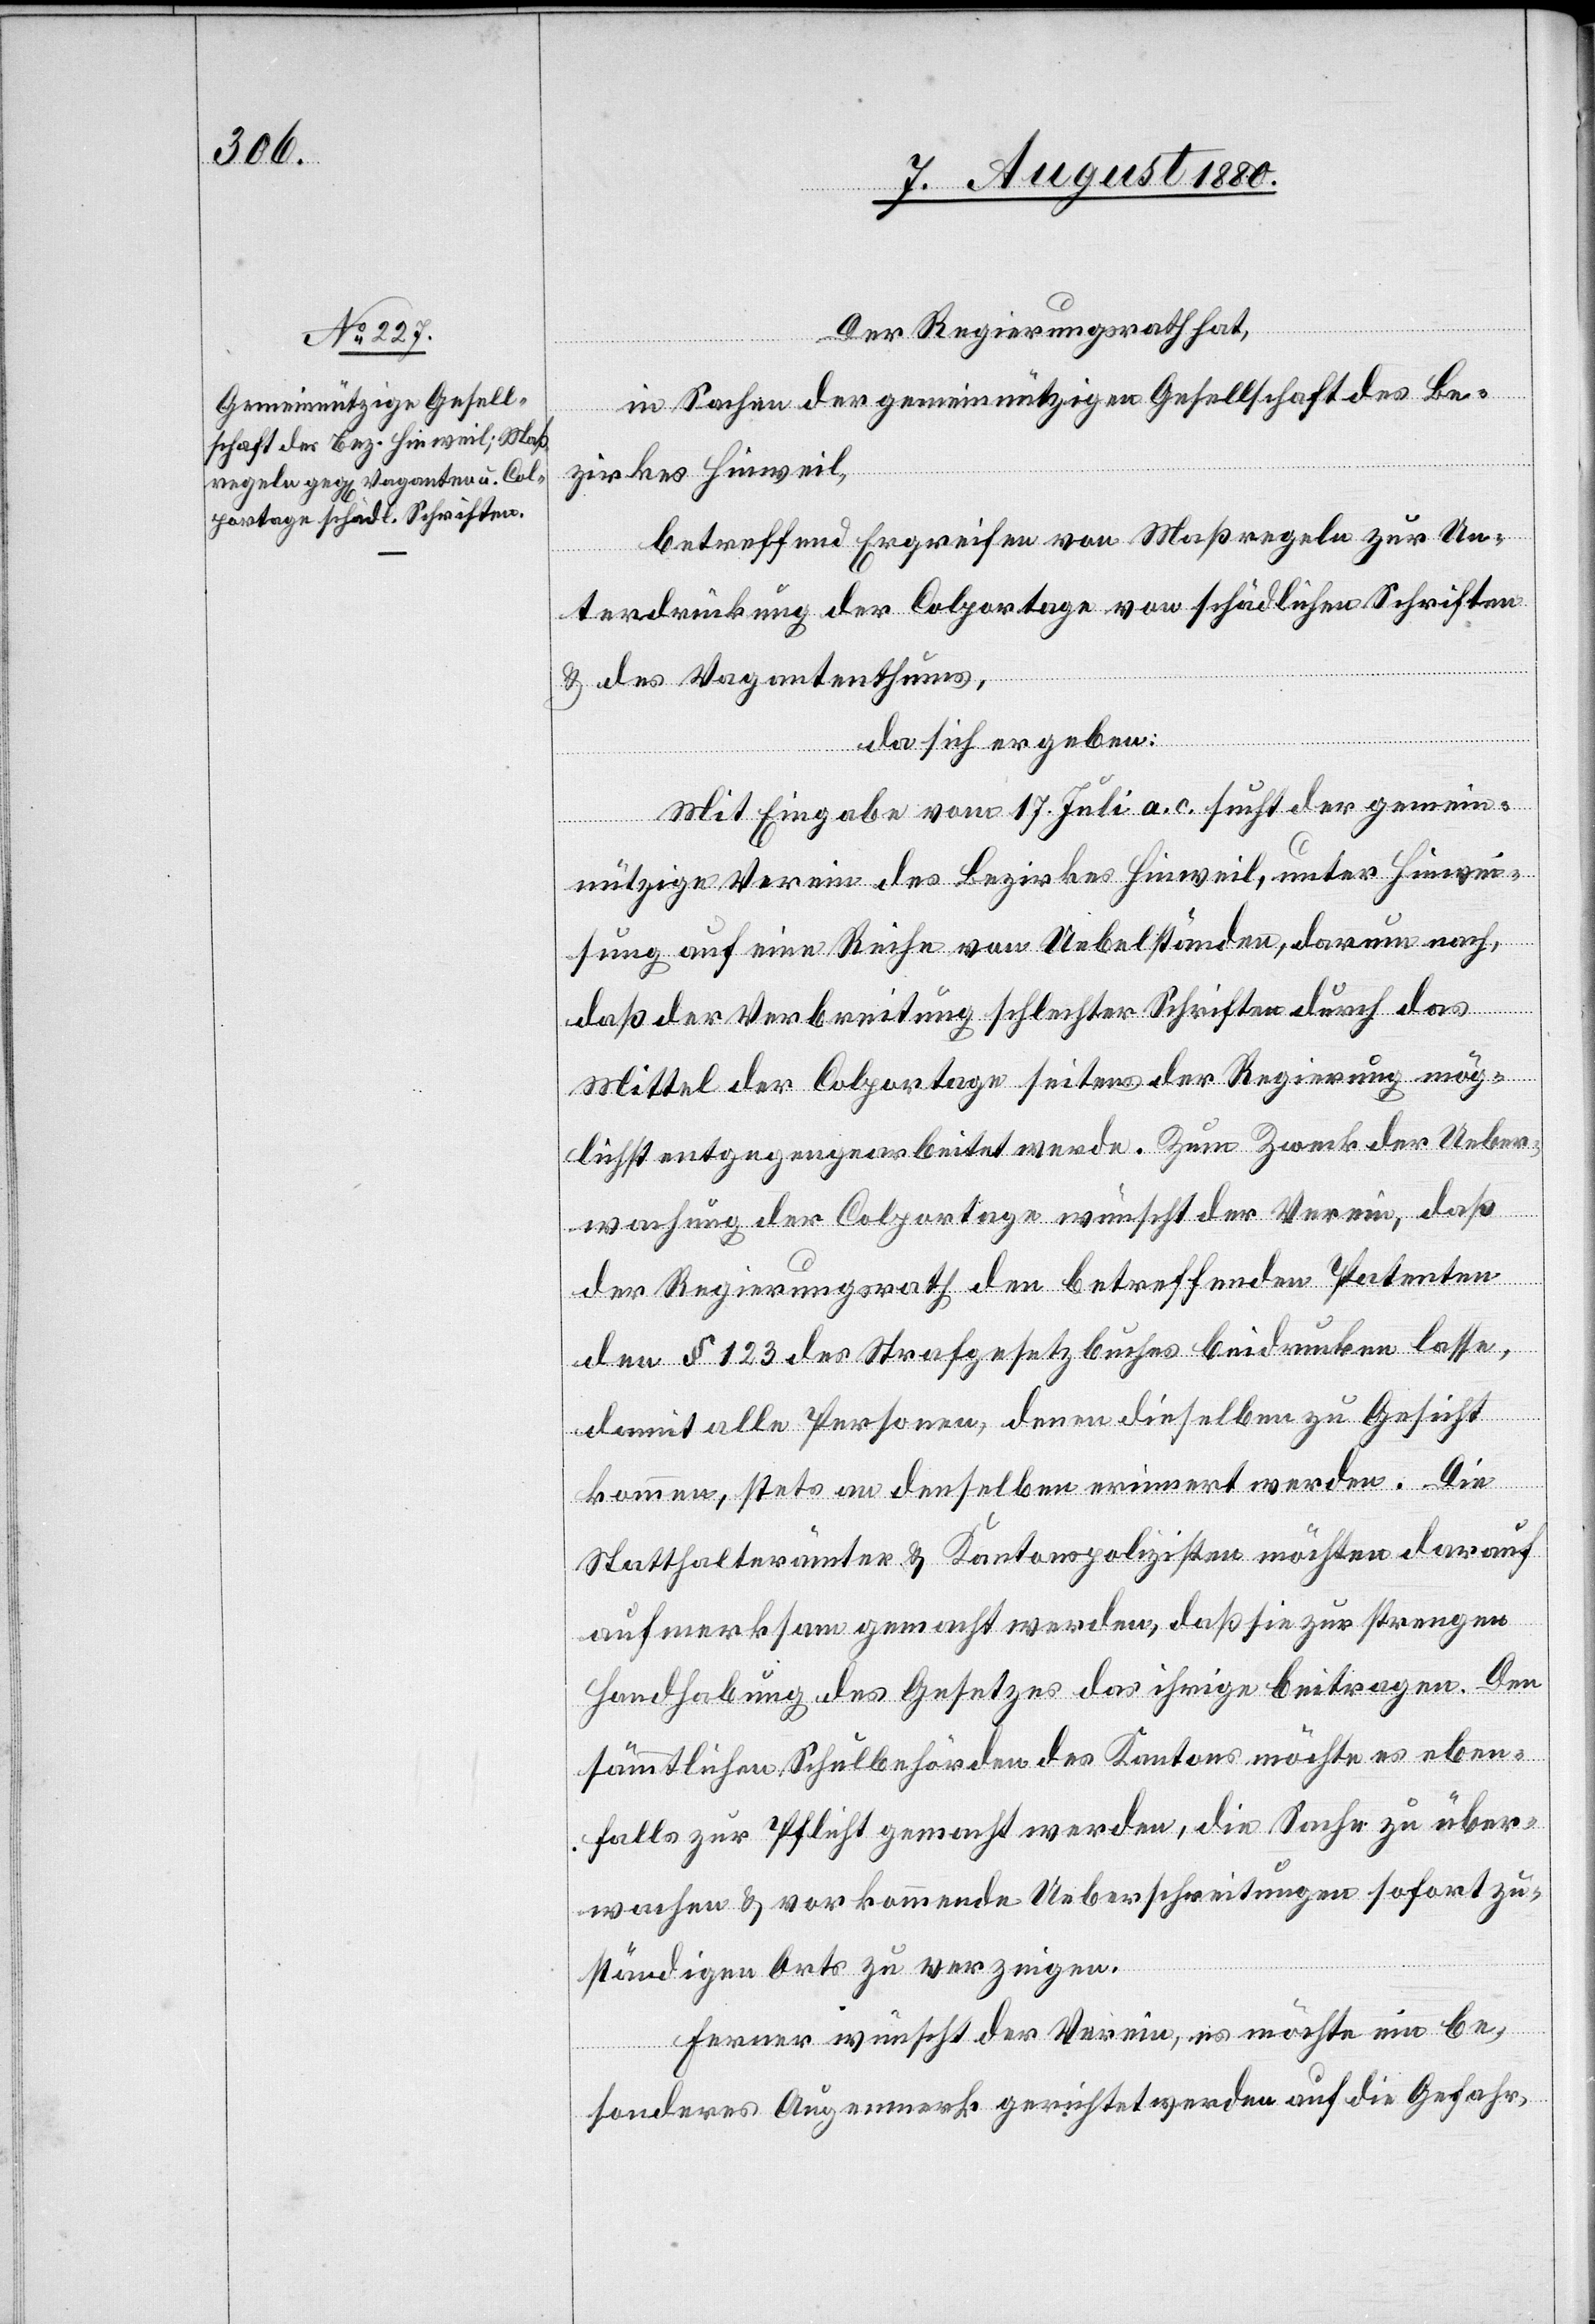
Der Regierungsrath hat,
in Sachen der gemeinnützigen Gesellschaft des Be¬
zirkes Hinweil,
betreffend Ergreifen von Maßregeln zur Un¬
terdrückung der Colportage von schädlichen Schriften
& des Vagantenthums,
da sich ergeben:
Mit Eingabe vom 17. Juli a. c. sucht der gemein¬
nützige Verein des Bezirkes Hinweil, unter Hinwei¬
sung auf eine Reihe von Uebelständen, darum nach,
daß der Verbreitung schlechter Schriften durch das
Mittel der Colportage seitens der Regierung mög¬
lichst entgegengearbeitet werde. Zum Zweck der Ueber¬
wachung der Colportage wünscht der Verein, daß
der Regierungsrath den betreffenden Patenten
den § 123 des Strafgesetzbuches beidrucken lasse,
damit alle Personen, denen dieselben zu Gesicht
kommen, stets an denselben erinnert werden. Die
Statthalterämter & Kantonspolizisten möchten darauf
aufmerksam gemacht werden, daß sie zur strengen
Handhabung des Gesetzes das ihrige beitragen. Den
sämmtlichen Schulbehörden des Kantons möchte es eben¬
falls zur Pflicht gemacht werden, die Sache zu über¬
wachen & vorkommende Ueberschreitungen sofort zu
ständigen Orts zu verzeigen.
Ferner wünscht der Verein, es möchte ein be¬
sonderes Augenmerk gerichtet werden auf die Gefahr,